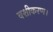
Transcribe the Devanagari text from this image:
वशीकरण।